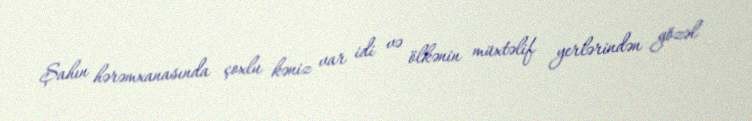
Şahın hərəmxanasında çoxlu kəniz var idi və ölkənin müxtəlif yerlərindən gözəl